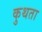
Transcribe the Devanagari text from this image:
कुथता